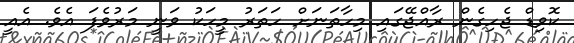
ކޮވިޑް ޖެހިގެން ރާއްޖޭގައި މިހާތަނަށް ހަތަރު މީހަކު ވަނީ މަރުވެފަ އެވެ. އެއީ